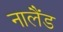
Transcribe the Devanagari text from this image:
नालैंड